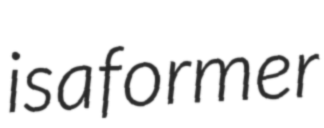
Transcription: is a former